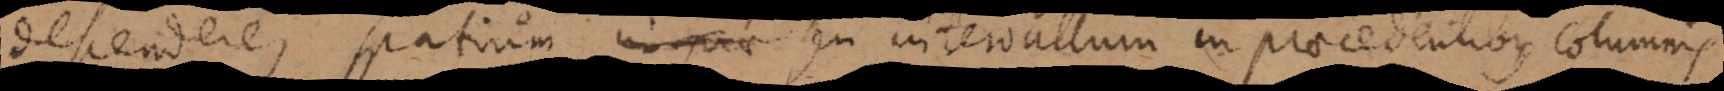
re, spatium seu intervallum in praecedentibus columnis